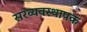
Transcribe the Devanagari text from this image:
सरव्यवस्थापक